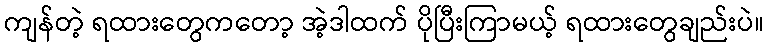
ကျန်တဲ့ ရထားတွေကတော့ အဲ့ဒါထက် ပိုပြီးကြာမယ့် ရထားတွေချည်းပဲ။